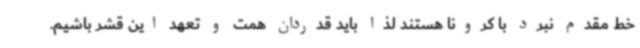
خط مقدم نبرد با کرونا هستند لذا باید قدردان همت و تعهد این قشر باشیم.